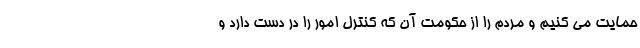
حمایت می کنیم و مردم را از حکومت آن که کنترل امور را در دست دارد و